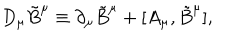
D _ { \mu } \tilde { B } ^ { \mu } \equiv \partial _ { \mu } \tilde { B } ^ { \mu } + [ A _ { \mu } , \tilde { B } ^ { \mu } ] ,